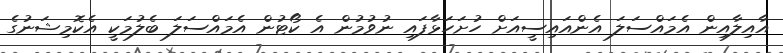
އާއިލާއިން އެމައްސަލަ އެންއައިސީއަށް ހުށަހަޅާފައި ނުވުމުން އެ ކޯޓުން އެމައްސަލަ ބެލުމަކީ އެކޮމިޝަނުގެ